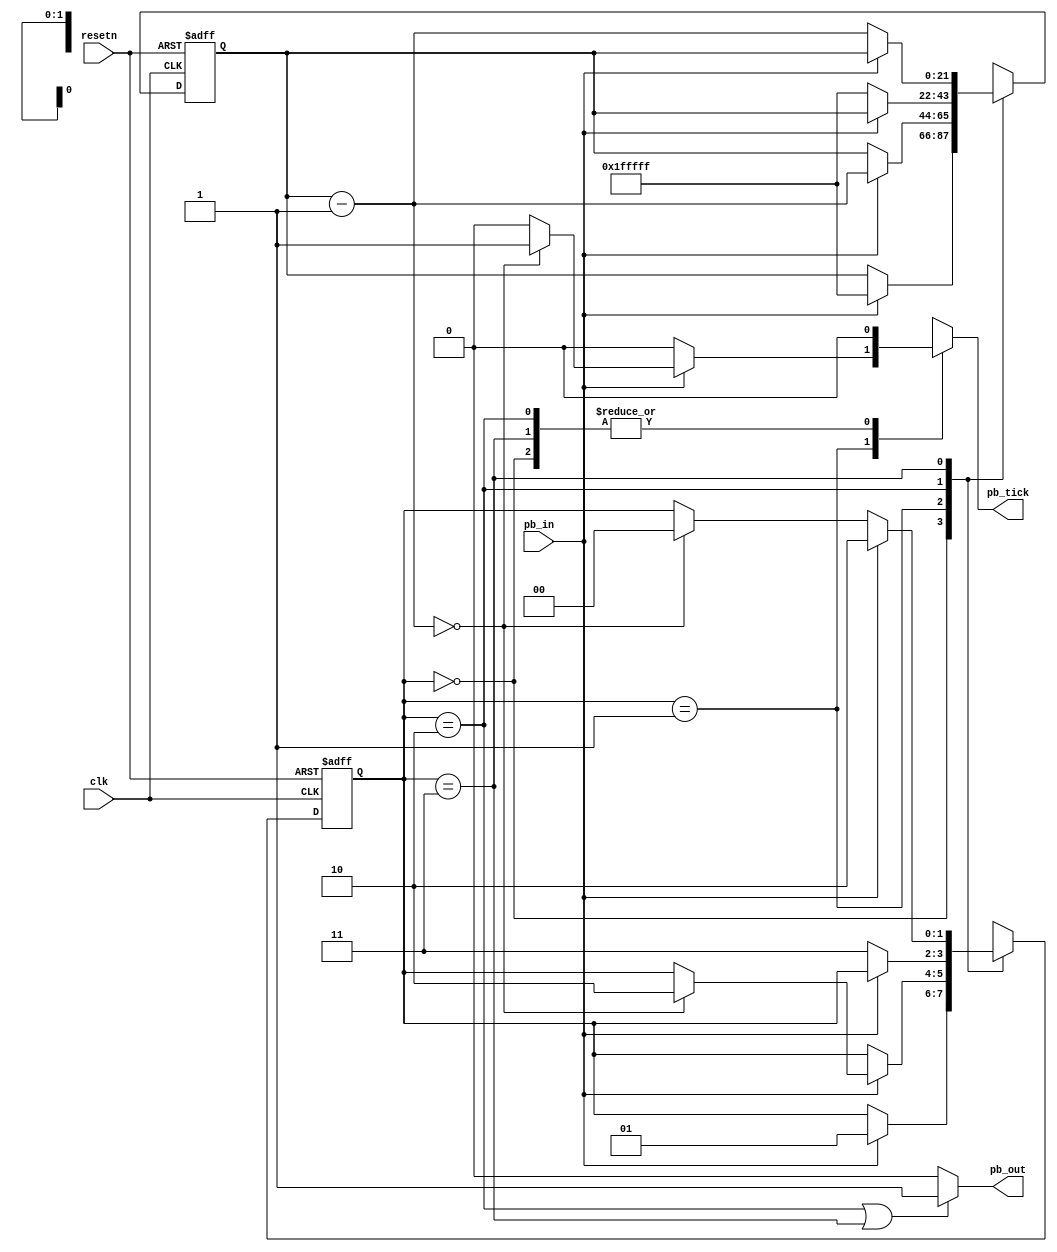
module pb_debounce(
  input wire clk,
  input wire resetn,
  input wire pb_in,
  
  output wire pb_out,
  output reg pb_tick
  
  );
  localparam st_idle  = 2'b00;
  localparam st_wait1 = 2'b01;
  localparam st_one   = 2'b10;
  localparam st_wait0 = 2'b11;
  
  
  reg [1:0] current_state = st_idle;
  reg [1:0] next_state = st_idle;

  reg [21:0] db_clk = {21{1'b1}};
  reg [21:0] db_clk_next = {21{1'b1}};
  
  always @(posedge clk, negedge resetn)
  begin
    if(!resetn)
      begin
        current_state <= st_idle;
        db_clk <= 0;
      end
    else
      begin
        current_state <= next_state;
        db_clk <= db_clk_next;
      end
  end
  
  always @*
  begin
    next_state = current_state;
    db_clk_next = db_clk;
    pb_tick = 0;
    
    case(current_state)
      st_idle: //No button push
        begin
          //pb_out = 0;
          if(pb_in)
            begin
              db_clk_next = {21{1'b1}};
              next_state = st_wait1;
            end
        end
      
      st_wait1: //Button pushed - wait for signal to stabalize
        begin
          //pb_out = 0;
          if(pb_in)
            begin
              db_clk_next = db_clk - 1;
              if(db_clk_next == 0)
                begin
                  next_state = st_one;
                  pb_tick = 1'b1;
                end
            end
        end
      st_one: //Signal stable and output 
        begin
          //pb_out = 1'b1;
          if(~pb_in)
            begin
              next_state = st_wait0;
              db_clk_next = {21{1'b1}};
            end
        end
      st_wait0: //Make sure button was let go then return to idle
        begin
          //pb_out = 1'b1;
          if(~pb_in)
            begin
              db_clk_next = db_clk - 1;
              if(db_clk_next == 0)
                next_state = st_idle;
            end
          else
            next_state = st_one;
        end
    endcase
  end
      
                    
        
        
assign pb_out = (current_state == st_one || current_state == st_wait0) ? 1'b1 : 1'b0;        
        
        
        

endmodule